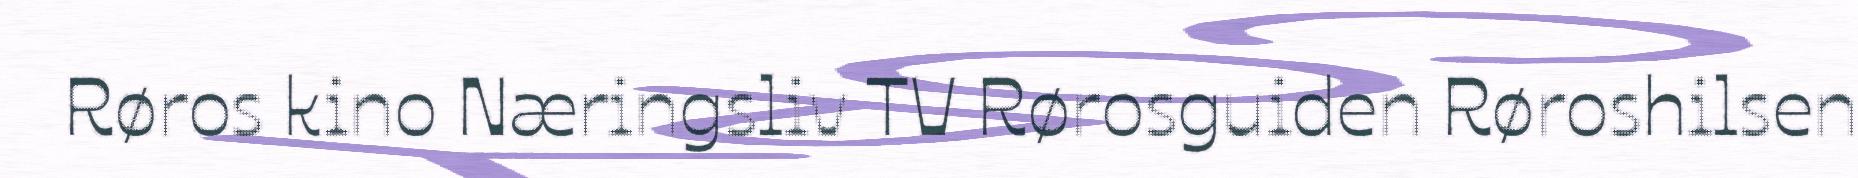
Røros kino Næringsliv TV Rørosguiden Røroshilsen